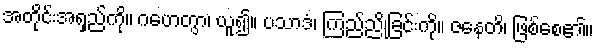
အတိုင်းအရှည်ကို။ ဂဟေတွာ၊ ယူ၍။ ပသာဒံ၊ ကြည်ညိုခြင်းကို။ ဇနေတိ၊ ဖြစ်စေ၏။